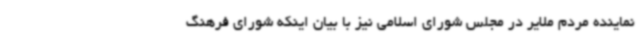
نماینده مردم ملایر در مجلس شورای اسلامی نیز با بیان اینکه شورای فرهنگ